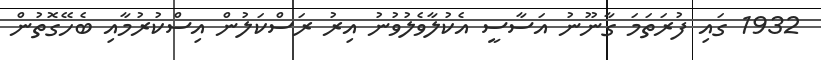
1932 ގައި ފުރަތަމަ ގާނޫނު އަސާސީ އެކުލާވެލުވުނު އިރު ރަސްކަލުން އިސްކުރުމާއި ބެހޭގޮތުން